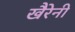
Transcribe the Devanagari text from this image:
खैरेनी